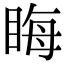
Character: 䀲